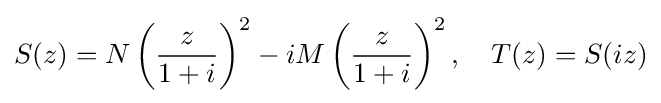
S(z)=N\left({\frac {z}{1+i}}\right)^{2}-iM\left({\frac {z}{1+i}}\right)^{2},\quad T(z)=S(iz)